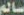
سالم